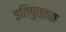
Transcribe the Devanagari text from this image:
इतिषुत्तक